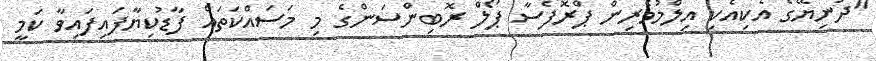
"ދުނިޔޭގެ އެކިއެކި އިލްމުވެރިން ޕްރޮފެސާ ޕޯލް ރޮބިންސަންގެ މި މަސައްކަތައް ފާޑުކިޔާފައިފައިވާ ކަމީ